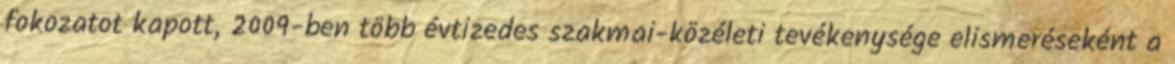
fokozatot kapott, 2009-ben több évtizedes szakmai-közéleti tevékenysége elismeréseként a